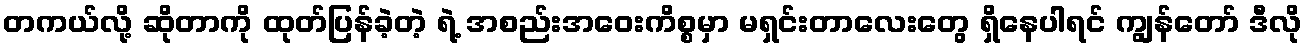
တကယ်လို့ ဆိုတာကို ထုတ်ပြန်ခဲ့တဲ့ ရဲ့ အစည်းအဝေးကိစ္စမှာ မရှင်းတာလေးတွေ ရှိနေပါရင် ကျွန်တော် ဒီလို